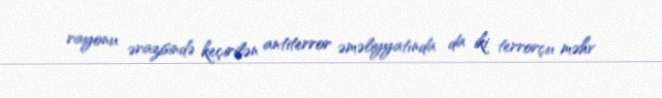
rayonu ərazisində keçirilən antiterror əməliyyatında da iki terrorçu məhv